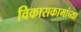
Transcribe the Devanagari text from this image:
विकासकामांच्या